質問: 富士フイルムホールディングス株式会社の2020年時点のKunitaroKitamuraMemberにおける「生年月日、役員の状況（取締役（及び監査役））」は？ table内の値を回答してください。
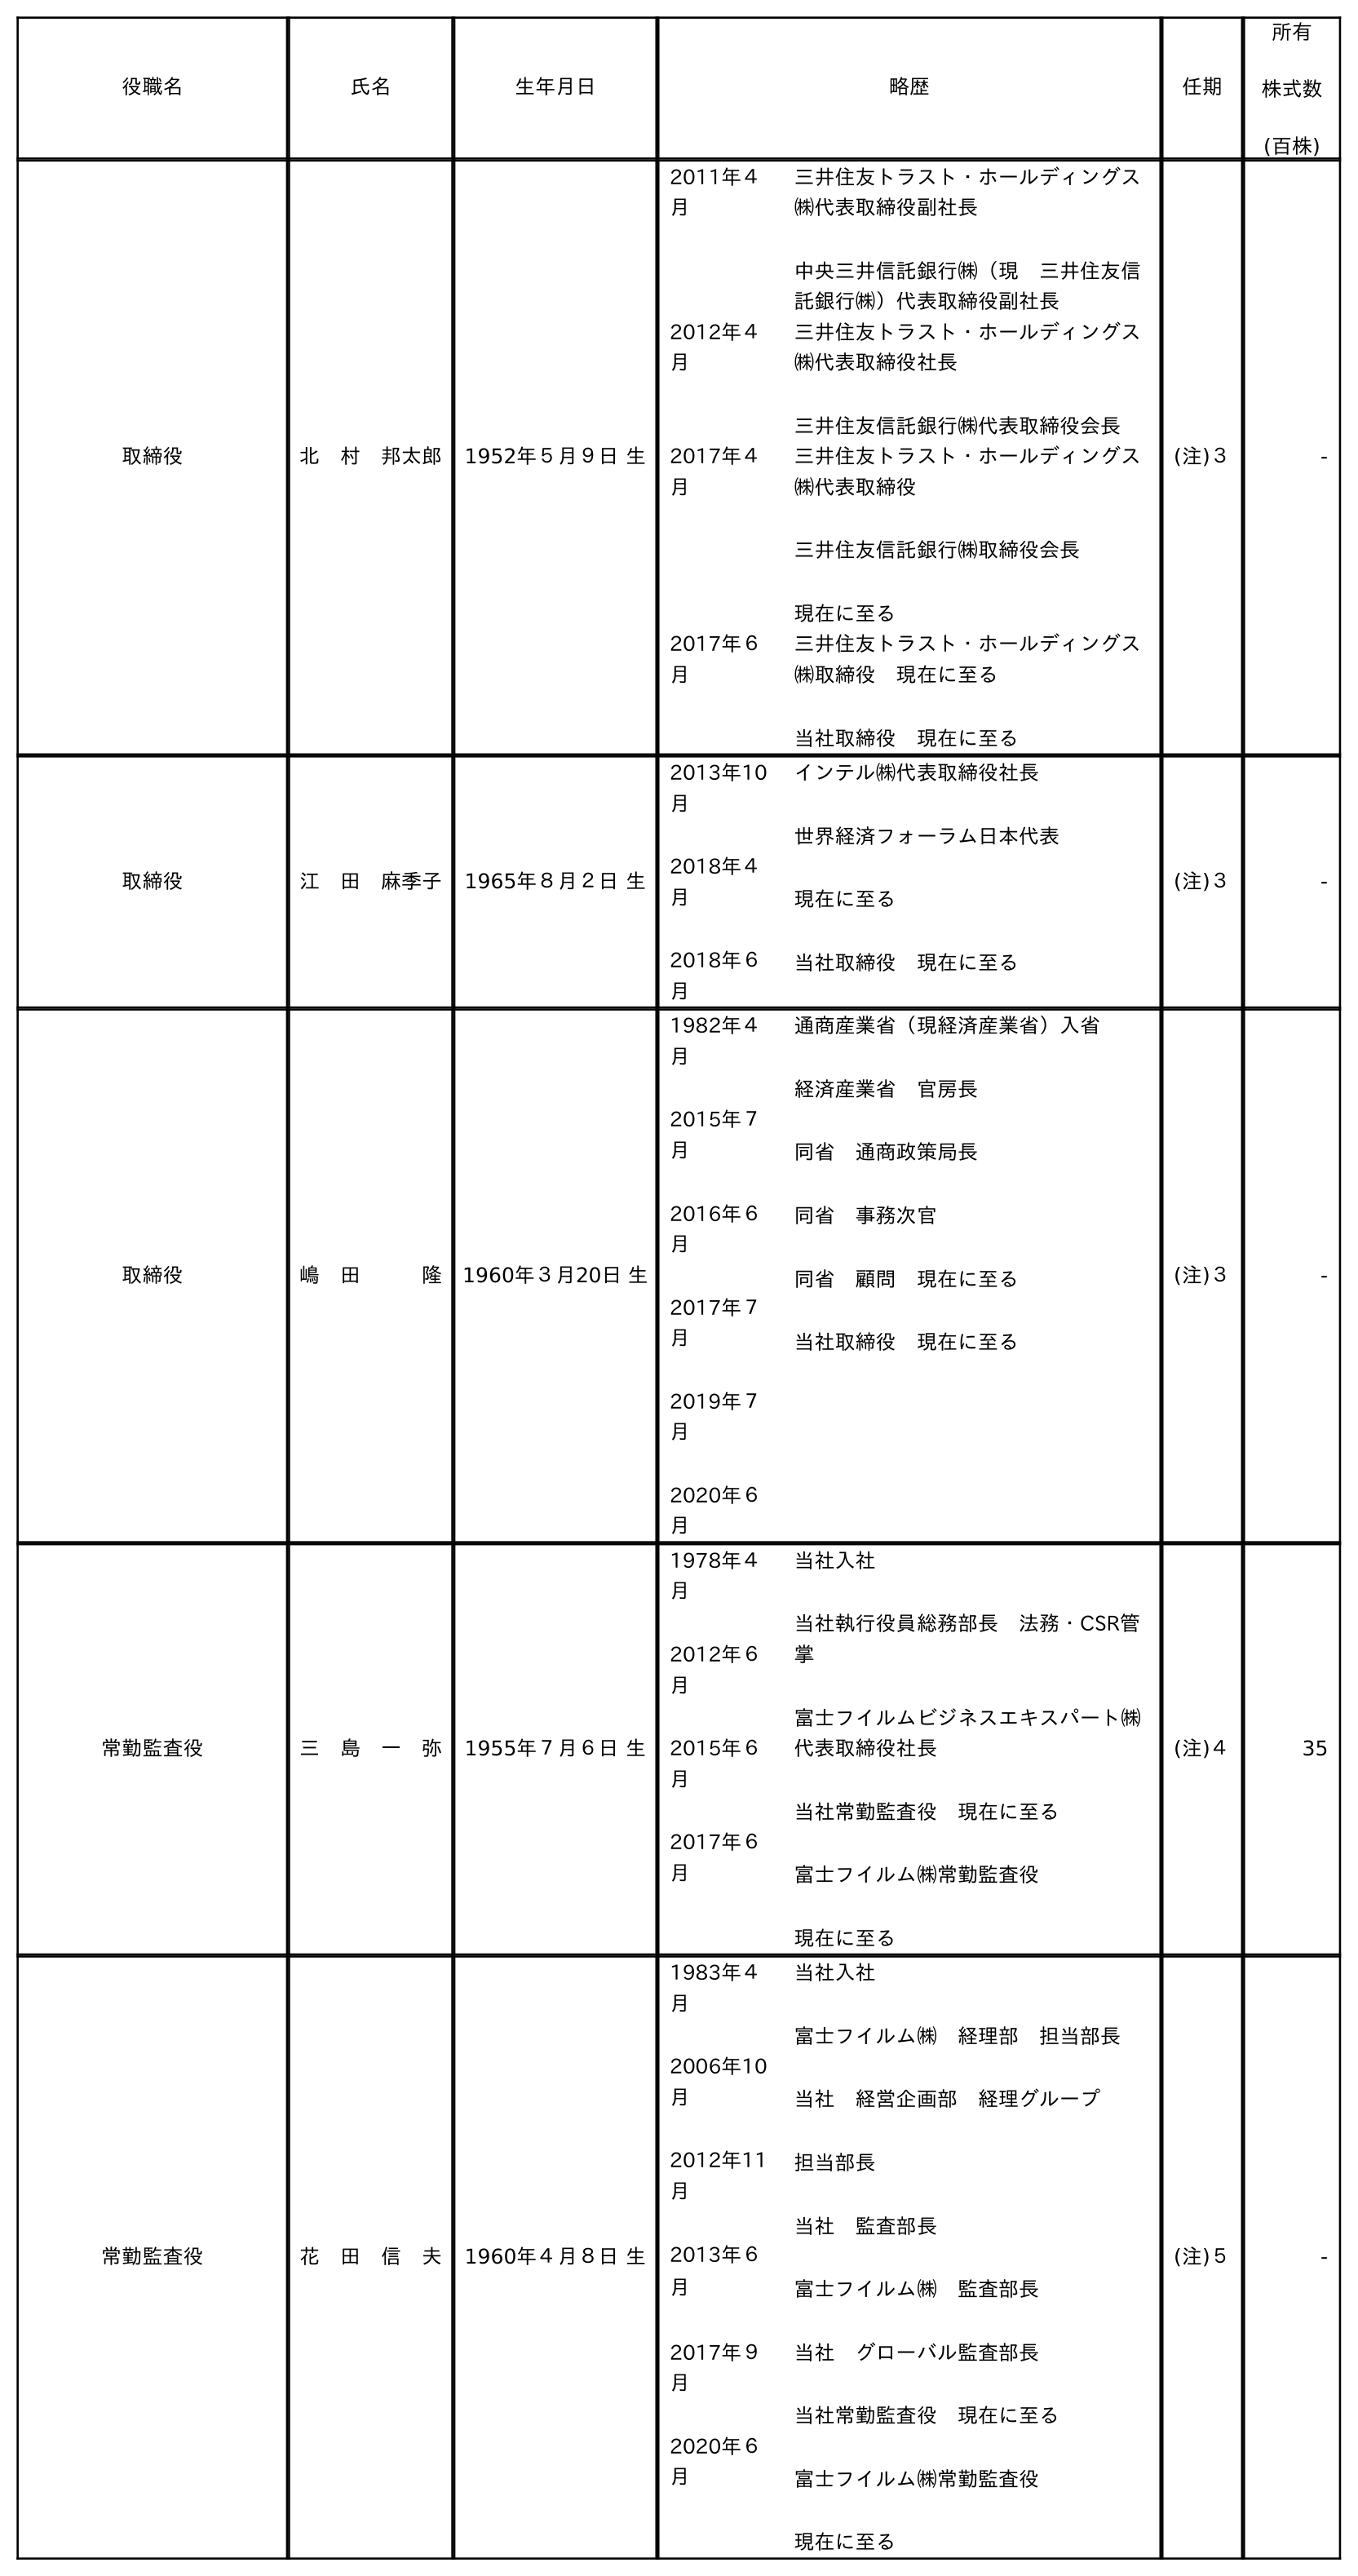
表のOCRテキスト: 役職名 氏名 生年月日 略歴 任期 所有 株式数 (百株) 取締役 北 村 邦太郎 1952年５月９日 生 2011年４ 月 三井住友トラスト・ホールディングス ㈱代表取締役副社長 中央三井信託銀行㈱（現 三井住友信 託銀行㈱）代表取締役副社長 2012年４ 月 三井住友トラスト・ホールディングス ㈱代表取締役社長 三井住友信託銀行㈱代表取締役会長 2017年４ 月 三井住友トラスト・ホールディングス ㈱代表取締役 三井住友信託銀行㈱取締役会長 現在に至る 2017年６ 月 三井住友トラスト・ホールディングス ㈱取締役 現在に至る 当社取締役 現在に至る (注)３ - 取締役 江 田 麻季子 1965年８月２日 生 2013年10 月 2018年４ 月 2018年６ 月 インテル㈱代表取締役社長 世界経済フォーラム日本代表 現在に至る 当社取締役 現在に至る (注)３ - 取締役 嶋 田   隆 1960年３月20日 生 1982年４ 月 2015年７ 月 2016年６ 月 2017年７ 月 2019年７ 月 2020年６ 月 通商産業省（現経済産業省）入省 経済産業省 官房長 同省 通商政策局長 同省 事務次官 同省 顧問 現在に至る 当社取締役 現在に至る (注)３ - 常勤監査役 三 島 一 弥 1955年７月６日 生 1978年４ 月 2012年６ 月 2015年６ 月 2017年６ 月 当社入社 当社執行役員総務部長 法務・CSR管 掌 富士フイルムビジネスエキスパート㈱ 代表取締役社長 当社常勤監査役 現在に至る 富士フイルム㈱常勤監査役 現在に至る (注)４ 35 常勤監査役 花 田 信 夫 1960年４月８日 生 1983年４ 月 2006年10 月 2012年11 月 2013年６ 月 2017年９ 月 2020年６ 月 当社入社 富士フイルム㈱ 経理部 担当部長 当社 経営企画部 経理グループ 担当部長 当社 監査部長 富士フイルム㈱ 監査部長 当社 グローバル監査部長 当社常勤監査役 現在に至る 富士フイルム㈱常勤監査役 現在に至る (注)５ -
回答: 1952年５月９日生